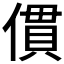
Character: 𠍿